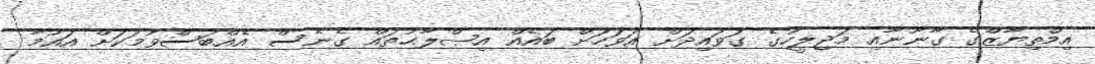
އިމްތިޔާޒްގެ ގާނޫނާއި މަޖިލީހުގެ ގަވައިދަށް އަވަހަށް ބައެއް އިޞްލާޙުތައް ގެނެސް އެއްބަސްވުމަކަށް އައުމާ